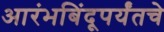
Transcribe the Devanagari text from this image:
आरंभबिंदूपर्यंतचे